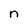
Character: n